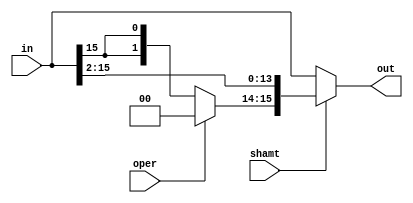
module right2 (in, shamt, oper, out);
  input [15:0]in;
  input shamt;
  input oper;
  output [15:0]out;

  assign out = shamt ? {oper ?2'b00:{2{in[15]}}, in[15:2]}:in;
endmodule